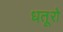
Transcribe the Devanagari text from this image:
धतूरो